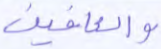
والعافين